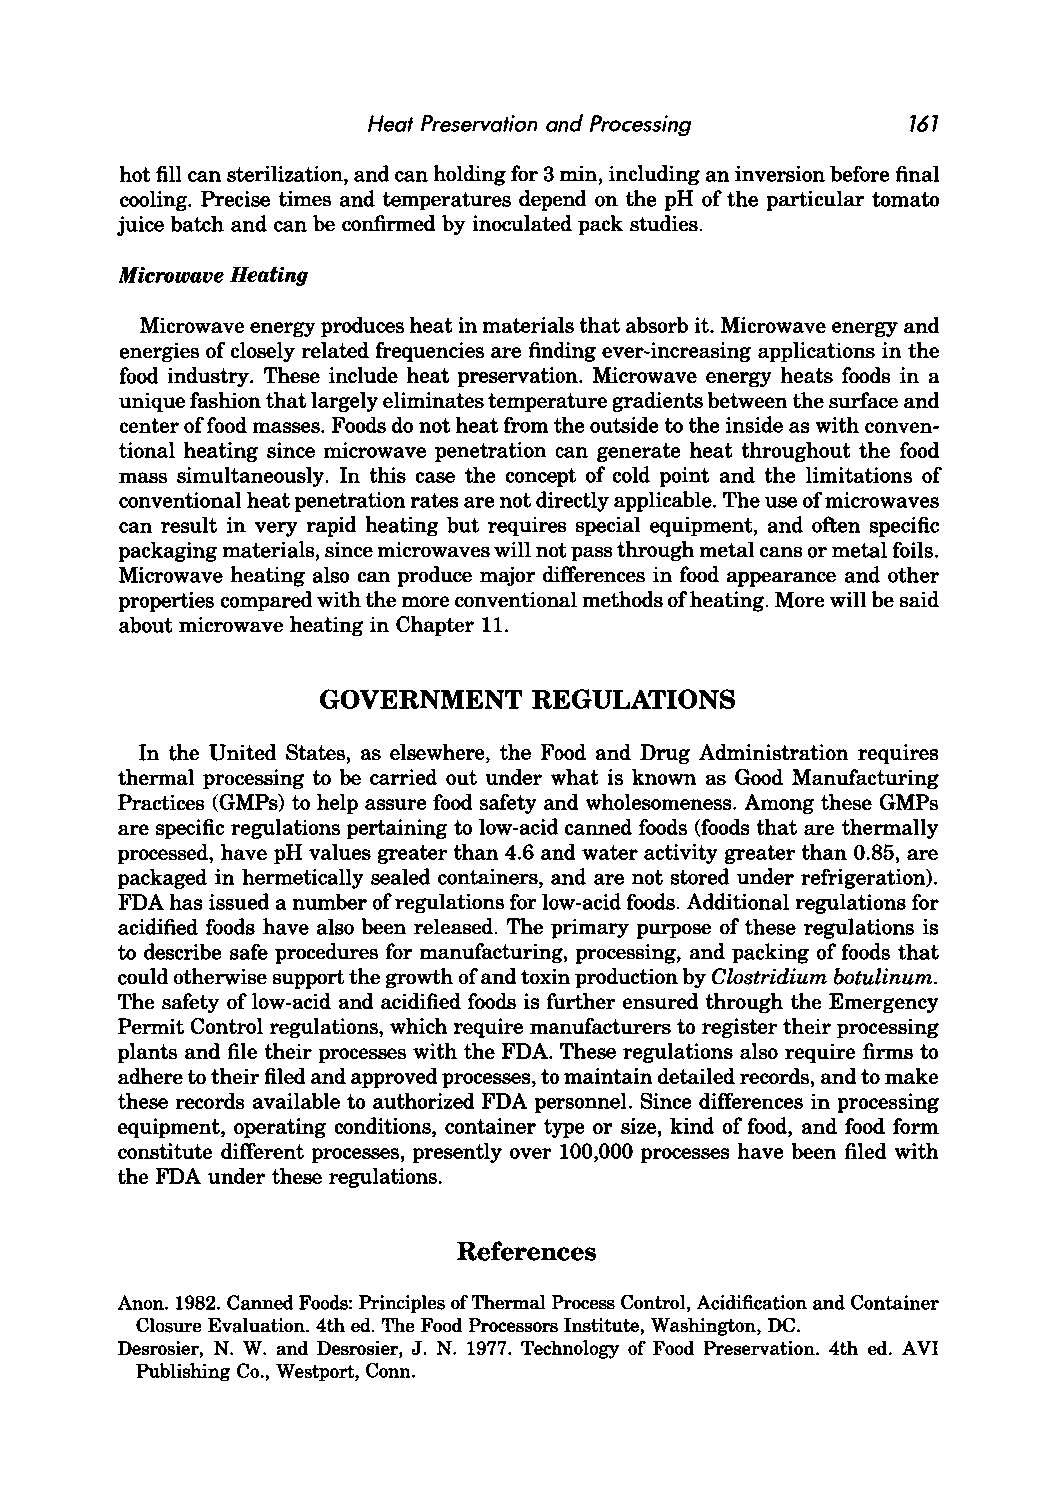
Heat Preservation and Processing    767
 hot fill can sterilization, and can holding for 3 min, including an inversion before final
 cooling. Precise times and temperatures depend on the pH of the particular tomato
 juice batch and can be confirmed by inoculated pack studies.
 Microwave Heating
 Microwave energy produces heat in materials that absorb it. Microwave energy and
 energies of closely related frequencies are finding ever-increasing applications in the
 food industry. These include heat preservation. Microwave energy heats foods in a
 unique fashion that largely eliminates temperature gradients between the surface and
 center of food masses. Foods do not heat from the outside to the inside as with conven
 tional heating since microwave penetration can generate heat throughout the food
 mass simultaneously. In this case the concept of cold point and the limitations of
 conventional heat penetration rates are not directly applicable. The use of microwaves
 can result in very rapid heating but requires special equipment, and often specific
 packaging materials, since microwaves will not pass through metal cans or metal foils.
 Microwave heating also can produce major differences in food appearance and other
 properties compared with the more conventional methods of heating. More will be said
 about microwave heating in Chapter 11.
 GOVERNMENT    REGULATIONS
 In the United States, as elsewhere, the Food and Drug Administration requires
 thermal processing to be carried out under what is known as Good Manufacturing
 Practices (GMPs) to help assure food safety and wholesomeness. Among these GMPs
 are specific regulations pertaining to low-acid canned foods (foods that are thermally
 processed, have pH values greater than 4.6 and water activity greater than 0.85, are
 packaged in hermetically sealed containers, and are not stored under refrigeration).
 FDA has issued a number of regulations for low-acid foods. Additional regulations for
 acidified foods have also been released. The primary purpose of these regulations is
 to describe safe procedures for manufacturing, processing, and packing of foods that
 could otherwise support the growth of and toxin production by Clostridium botulinum.
 The safety of low-acid and acidified foods is further ensured through the Emergency
 Permit Control regulations, which require manufacturers to register their processing
 plants and file their processes with the FDA. These regulations also require firms to
 adhere to their filed and approved processes, to maintain detailed records, and to make
 these records available to authorized FDA personnel. Since differences in processing
 equipment, operating conditions, container type or size, kind of food, and food form
 constitute different processes, presently over 100,000 processes have been filed with
 the FDA under these regulations.
 References
 Anon. 1982. Canned Foods: Principles of Thennal Process Control, Acidification and Container
 Closure Evaluation. 4th ed. The Food Processors Institute, Washington, DC.
 Desrosier, N. W. and Desrosier, J. N. 1977. Technology of Food Preservation. 4th ed. AVI
 Publishing Co., Westport, Conn.